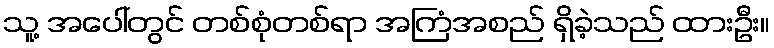
သူ့ အပေါ်တွင် တစ်စုံတစ်ရာ အကြံအစည် ရှိခဲ့သည် ထားဦး။